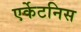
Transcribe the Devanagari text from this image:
एर्केटनिस